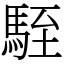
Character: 駤